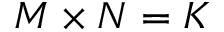
M \times N = K